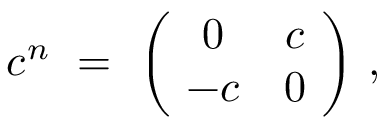
c ^ { n } \ = \ \left( \! \begin{array} { c c } { { 0 } } & { { c } } \\ { { - c } } & { { 0 } } \end{array} \! \right) \, ,